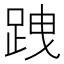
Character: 跩